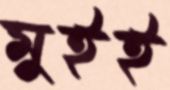
মুইই